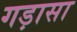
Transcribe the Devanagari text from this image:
गड़ासा